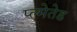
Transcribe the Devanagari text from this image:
प्ल्मेतेड